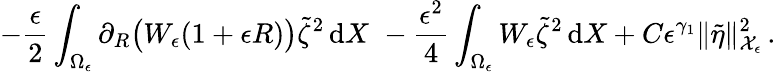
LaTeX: -\frac{\epsilon}{2}\int_{\Omega_{\epsilon}}\partial_{R}\bigl(W_{\epsilon}(1+\epsilon R)\bigr)\tilde{\zeta}^{2}\, \mathrm{d}X\, \le\, -\frac{\epsilon^{2}}{4}\int_{\Omega_{\epsilon}}W_{\epsilon}\tilde{\zeta}^{2}\, \mathrm{d}X+C\epsilon^{\gamma_{1}}\| \tilde{\eta}\| _{\mathcal{X}_{\epsilon}}^{2}\, .